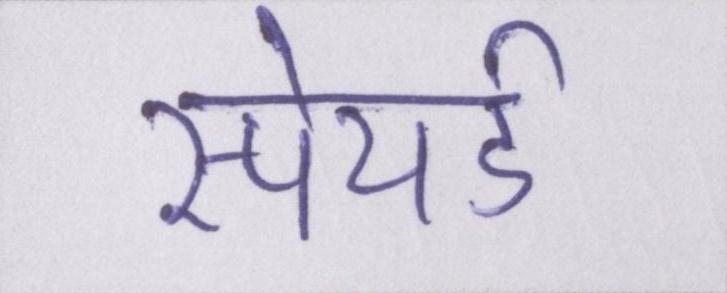
स्पेयर्ड